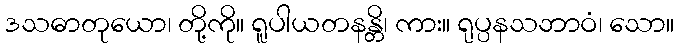
ဒသဓာတုယော၊ တို့ကို။ ရူပါယတနန္တိ၊ ကား။ ရုပ္ပနသဘာဝံ၊ သော။